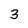
Character: 3